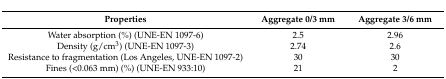
<table><thead><tr><td><b>Properties</b></td><td><b>Aggregate 0/3 mm</b></td><td><b>Aggregate 3/6 mm</b></td></tr></thead><tbody><tr><td>Water absorption (%) (UNE-EN 1097-6)</td><td>2.5</td><td>2.96</td></tr><tr><td>Density (g/cm<sup>3</sup>) (UNE-EN 1097-3)</td><td>2.74</td><td>2.6</td></tr><tr><td>Resistance to fragmentation (Los Angeles, UNE-EN 1097-2) </td><td>30</td><td>30</td></tr><tr><td>Fines (&lt;0.063 mm) (%) (UNE-EN 933:10)</td><td>21</td><td>2</td></tr></tbody></table>